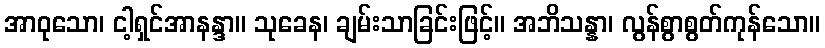
အာဝုသော၊ ငါ့ရှင်အာနန္ဒာ။ သုခေန၊ ချမ်းသာခြင်းဖြင့်။ အဘိသန္နာ၊ လွန်စွာစွတ်ကုန်သော။